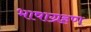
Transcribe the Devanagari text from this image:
भाषाग्रहण